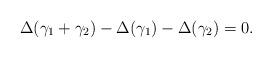
LaTeX: \begin{align*}\Delta(\gamma_1+ \gamma_2)-\Delta(\gamma_1)-\Delta(\gamma_2)=0.\end{align*}